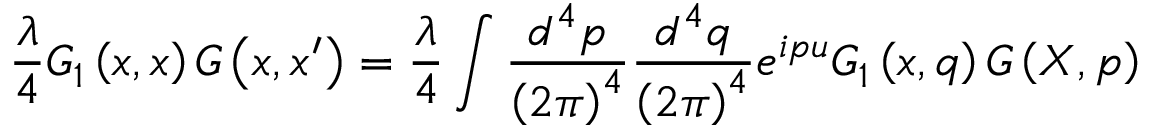
\frac \lambda 4 G _ { 1 } \left( x , x \right) G \left( x , x ^ { \prime } \right) = \frac \lambda 4 \int \frac { d ^ { 4 } p } { \left( 2 \pi \right) ^ { 4 } } \frac { d ^ { 4 } q } { \left( 2 \pi \right) ^ { 4 } } e ^ { i p u } G _ { 1 } \left( x , q \right) G \left( X , p \right)